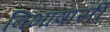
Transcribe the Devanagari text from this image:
विभाषासी